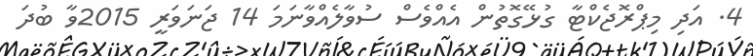
4. އަދި މިޕްރޮޖެކްޓާ ގުޅޭގޮތުން އެއްވެސް ސުވާލެއްވާނަމަ 14 ޖަނަވަރީ 2015ވާ ބުދަ